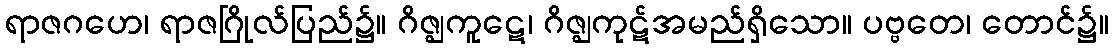
ရာဇဂဟေ၊ ရာဇဂြိုလ်ပြည်၌။ ဂိဇ္ဈကူဋေ၊ ဂိဇ္ဈကုဋ်အမည်ရှိသော။ ပဗ္ဗတေ၊ တောင်၌။